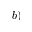
b )